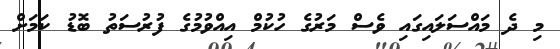
މި ދެ މައްސަލައިގައި ވެސް މަރުގެ ހުކުމް އިއްވުމުގެ ފުރުސަތު ބޮޑު ކަމަށް